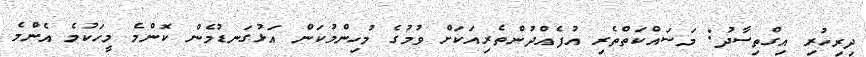
ދިރިހުރި އިގްތިސާދު: މަސައްކަތްތެރި އުފެއްދުންތެރިއަކަށް ވުމުގެ މުހިންމުކަން އަޅުގަނޑުމެން ކޮންމެ މީހަކުމެ އެންމެ